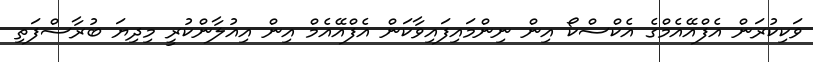
ވަކިކުރަން އެފްއޭއެމްގެ އެކްސްކޯ އިން ނިންމައިފައިވާކަން އެފްއޭއެމް އިން އިއުލާންކުރީ މިދިޔަ ބުރާސްފަތި